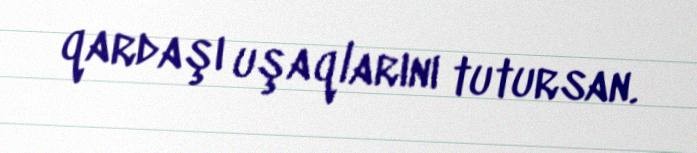
qardaşı uşaqlarını tutursan.